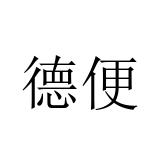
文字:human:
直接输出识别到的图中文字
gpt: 德便